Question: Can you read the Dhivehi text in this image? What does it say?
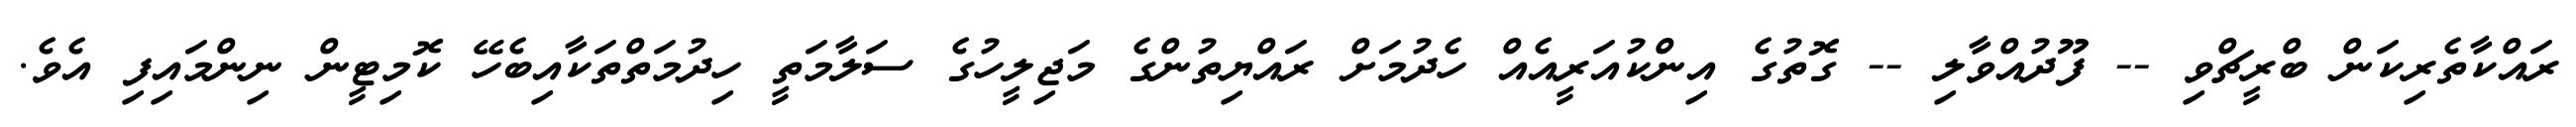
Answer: ރައްކާތެރިކަން ބްރީޗްވި -- ފޫދުއްވާލި -- ގޮތުގެ އިންކުއަރީއެއް ހެދުމަށް ރައްޔިތުންގެ މަޖިލީހުގެ ސަލާމަތީ ހިދުމަތްތަކާއިބެހޭ ކޮމިޓީން ނިންމައިފި އެވެ.